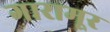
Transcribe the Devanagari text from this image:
गारामूर